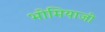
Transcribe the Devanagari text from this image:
भोमियाजी